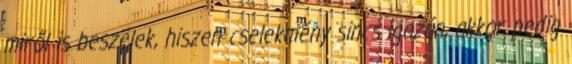
miről is beszélek, hiszen cselekmény sincs igazán, akkor pedig